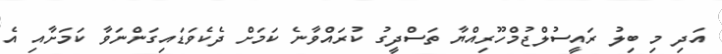
އަދި މި ބިލު ރައީސުލްޖުމްހޫރިއްޔާ ތަސްދީގު ކުރައްވާނެ ކަމަށް ދެކެވަޑައިގަންނަވާ ކަމަށާއި އެ